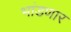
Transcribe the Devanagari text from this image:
भांडणार